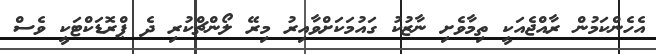
އެހެންކަމުން ރާއްޖެއަކީ ތިމާވެށި ނާޒުކު ގައުމަކަށްވާއިރު މިރޭ ލޯންޗްކުރި ދެ ޕްރޮޑަކްޓަކީ ވެސް